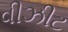
વીઝીટ